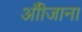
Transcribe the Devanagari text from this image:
औीजाना